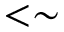
< \sim